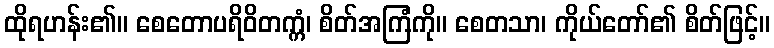
ထိုရဟန်း၏။ စေတောပရိဝိတက္ကံ၊ စိတ်အကြံကို။ စေတသာ၊ ကိုယ်တော်၏ စိတ်ဖြင့်။